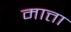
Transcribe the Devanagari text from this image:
मात्ता